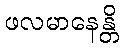
ဖလမာနေန္တိ